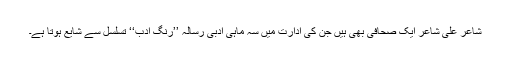
شاعر علی شاعرؔ ایک صحافی بھی ہیں جن کی ادارت میں سہ ماہی ادبی رسالہ ’’رنگِ ادب‘‘ تسلسل سے شایع ہوتا ہے۔